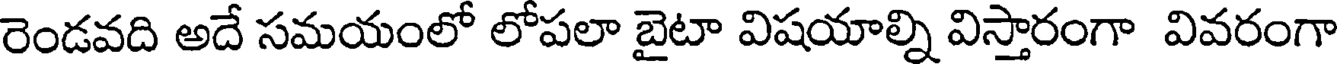
రెండవది అదే సమయంలో లోపలా బైటా విషయాల్ని విస్తారంగా వివరంగా